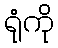
ရုံကို